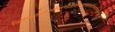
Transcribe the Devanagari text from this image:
निर्णयवादजल्पवितण्डाहेत्वाभासच्छलजातिकपटनिग्रहस्थानानां